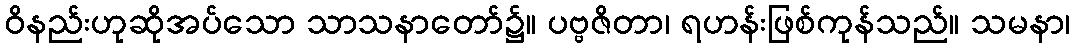
ဝိနည်းဟုဆိုအပ်သော သာသနာတော်၌။ ပဗ္ဗဇိတာ၊ ရဟန်းဖြစ်ကုန်သည်။ သမနာ၊